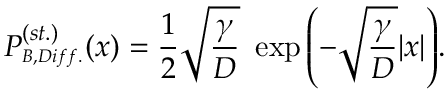
P _ { _ { B , D i f f . } } ^ { ( s t . ) } ( x ) = \frac { 1 } { 2 } \sqrt { \frac { \gamma } { D } } \ \exp { \left( - \sqrt { \frac { \gamma } { D } } | x | \right) } .